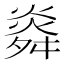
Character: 㷠